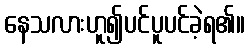
နေသလားဟူ၍ပင်ပူပင်ခဲ့ရ၏။